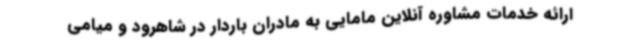
ارائه خدمات مشاوره آنلاین مامایی به مادران باردار در شاهرود و میامی